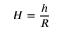
H = \frac h R